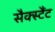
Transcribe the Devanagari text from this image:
सैक्स्टैंट